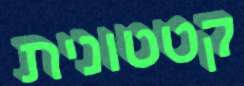
קטטונית